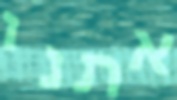
אתנו